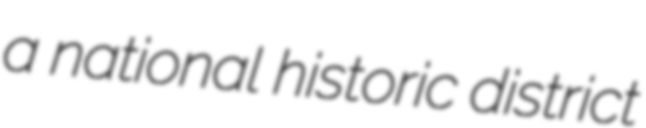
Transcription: a national historic district